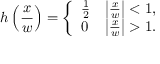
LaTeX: h \left( { \frac { x } { w } } \right) = { \left\{ \begin{array} { l l } { { \frac { 1 } { 2 } } } & { \left| { \frac { x } { w } } \right| < 1 , } \\ { 0 } & { \left| { \frac { x } { w } } \right| > 1 . } \end{array} \right. }